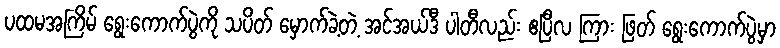
ပထမအကြိမ် ရွေးကောက်ပွဲကို သပိတ် မှောက်ခဲ့တဲ့ အင်အယ်ဒီ ပါတီလည်း ဧပြီလ ကြား ဖြတ် ရွေးကောက်ပွဲမှာ